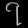
Digit: ၇